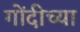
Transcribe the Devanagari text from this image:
गोंदीच्या